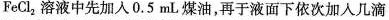
FeCl_{2}溶液中先加入0.5mL煤油，再于液面下依次加入几滴